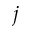
j